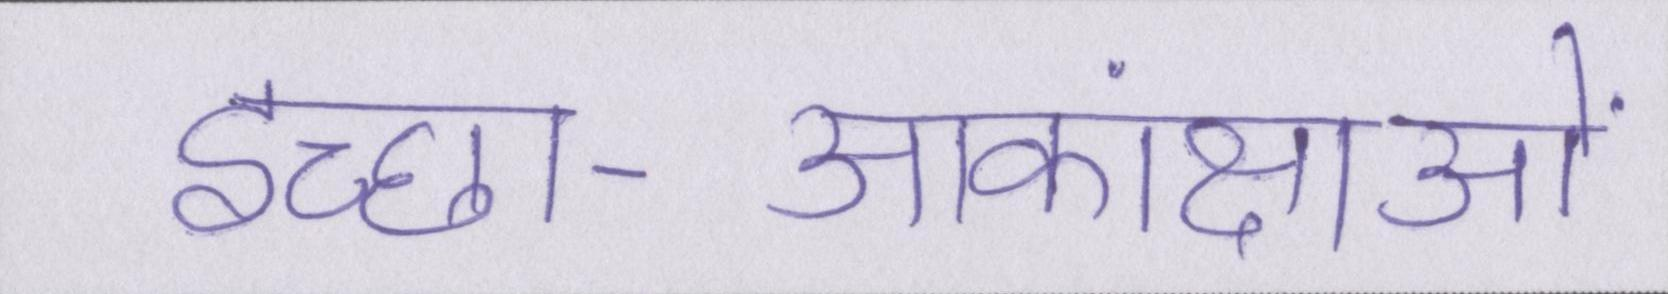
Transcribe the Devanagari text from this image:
इच्छा-आकांक्षाओं